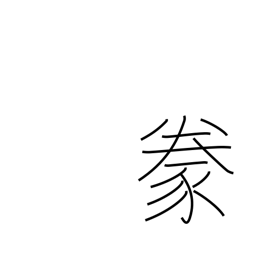
Meaning: raising domestic animals